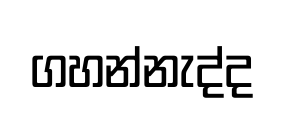
ගහන්නැද්ද